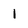
Character: 1